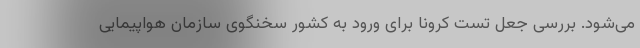
می‌شود. بررسی جعل تست کرونا برای ورود به کشور سخنگوی سازمان هواپیمایی